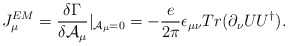
\begin{align*}J^{EM}_\mu = \frac{\delta\Gamma}{\delta {\cal A}_\mu}|_{{\cal A}_\mu=0}=-\frac{e}{2\pi}\epsilon_{\mu\nu} Tr(\partial_\nu UU^\dag).\end{align*}